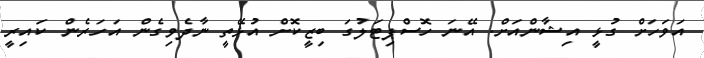
އަވަހަށް ގުޅީ އިޝާންއަށް. އޭނަ ހޮސްޕިޓަލުގަ ބިޒީކޮށް އުޅޭތީ ނާދެވިގެން އަހަރެން ކައިރީ